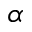
\alpha